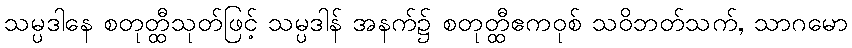
သမ္ပဒါနေ စတုတ္ထီသုတ်ဖြင့် သမ္ပဒါန် အနက်၌ စတုတ္ထီဧကဝုစ် သဝိဘတ်သက်, သာဂမော